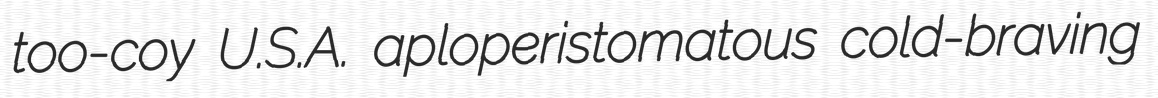
too-coy U.S.A. aploperistomatous cold-braving